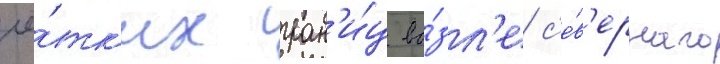
чё́тк'их гран'и́ц во́зл'е с'е́в'ерного